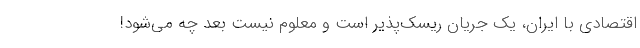
اقتصادی با ایران، یک جریان ریسک‌پذیر است و معلوم نیست بعد چه می‌شود!